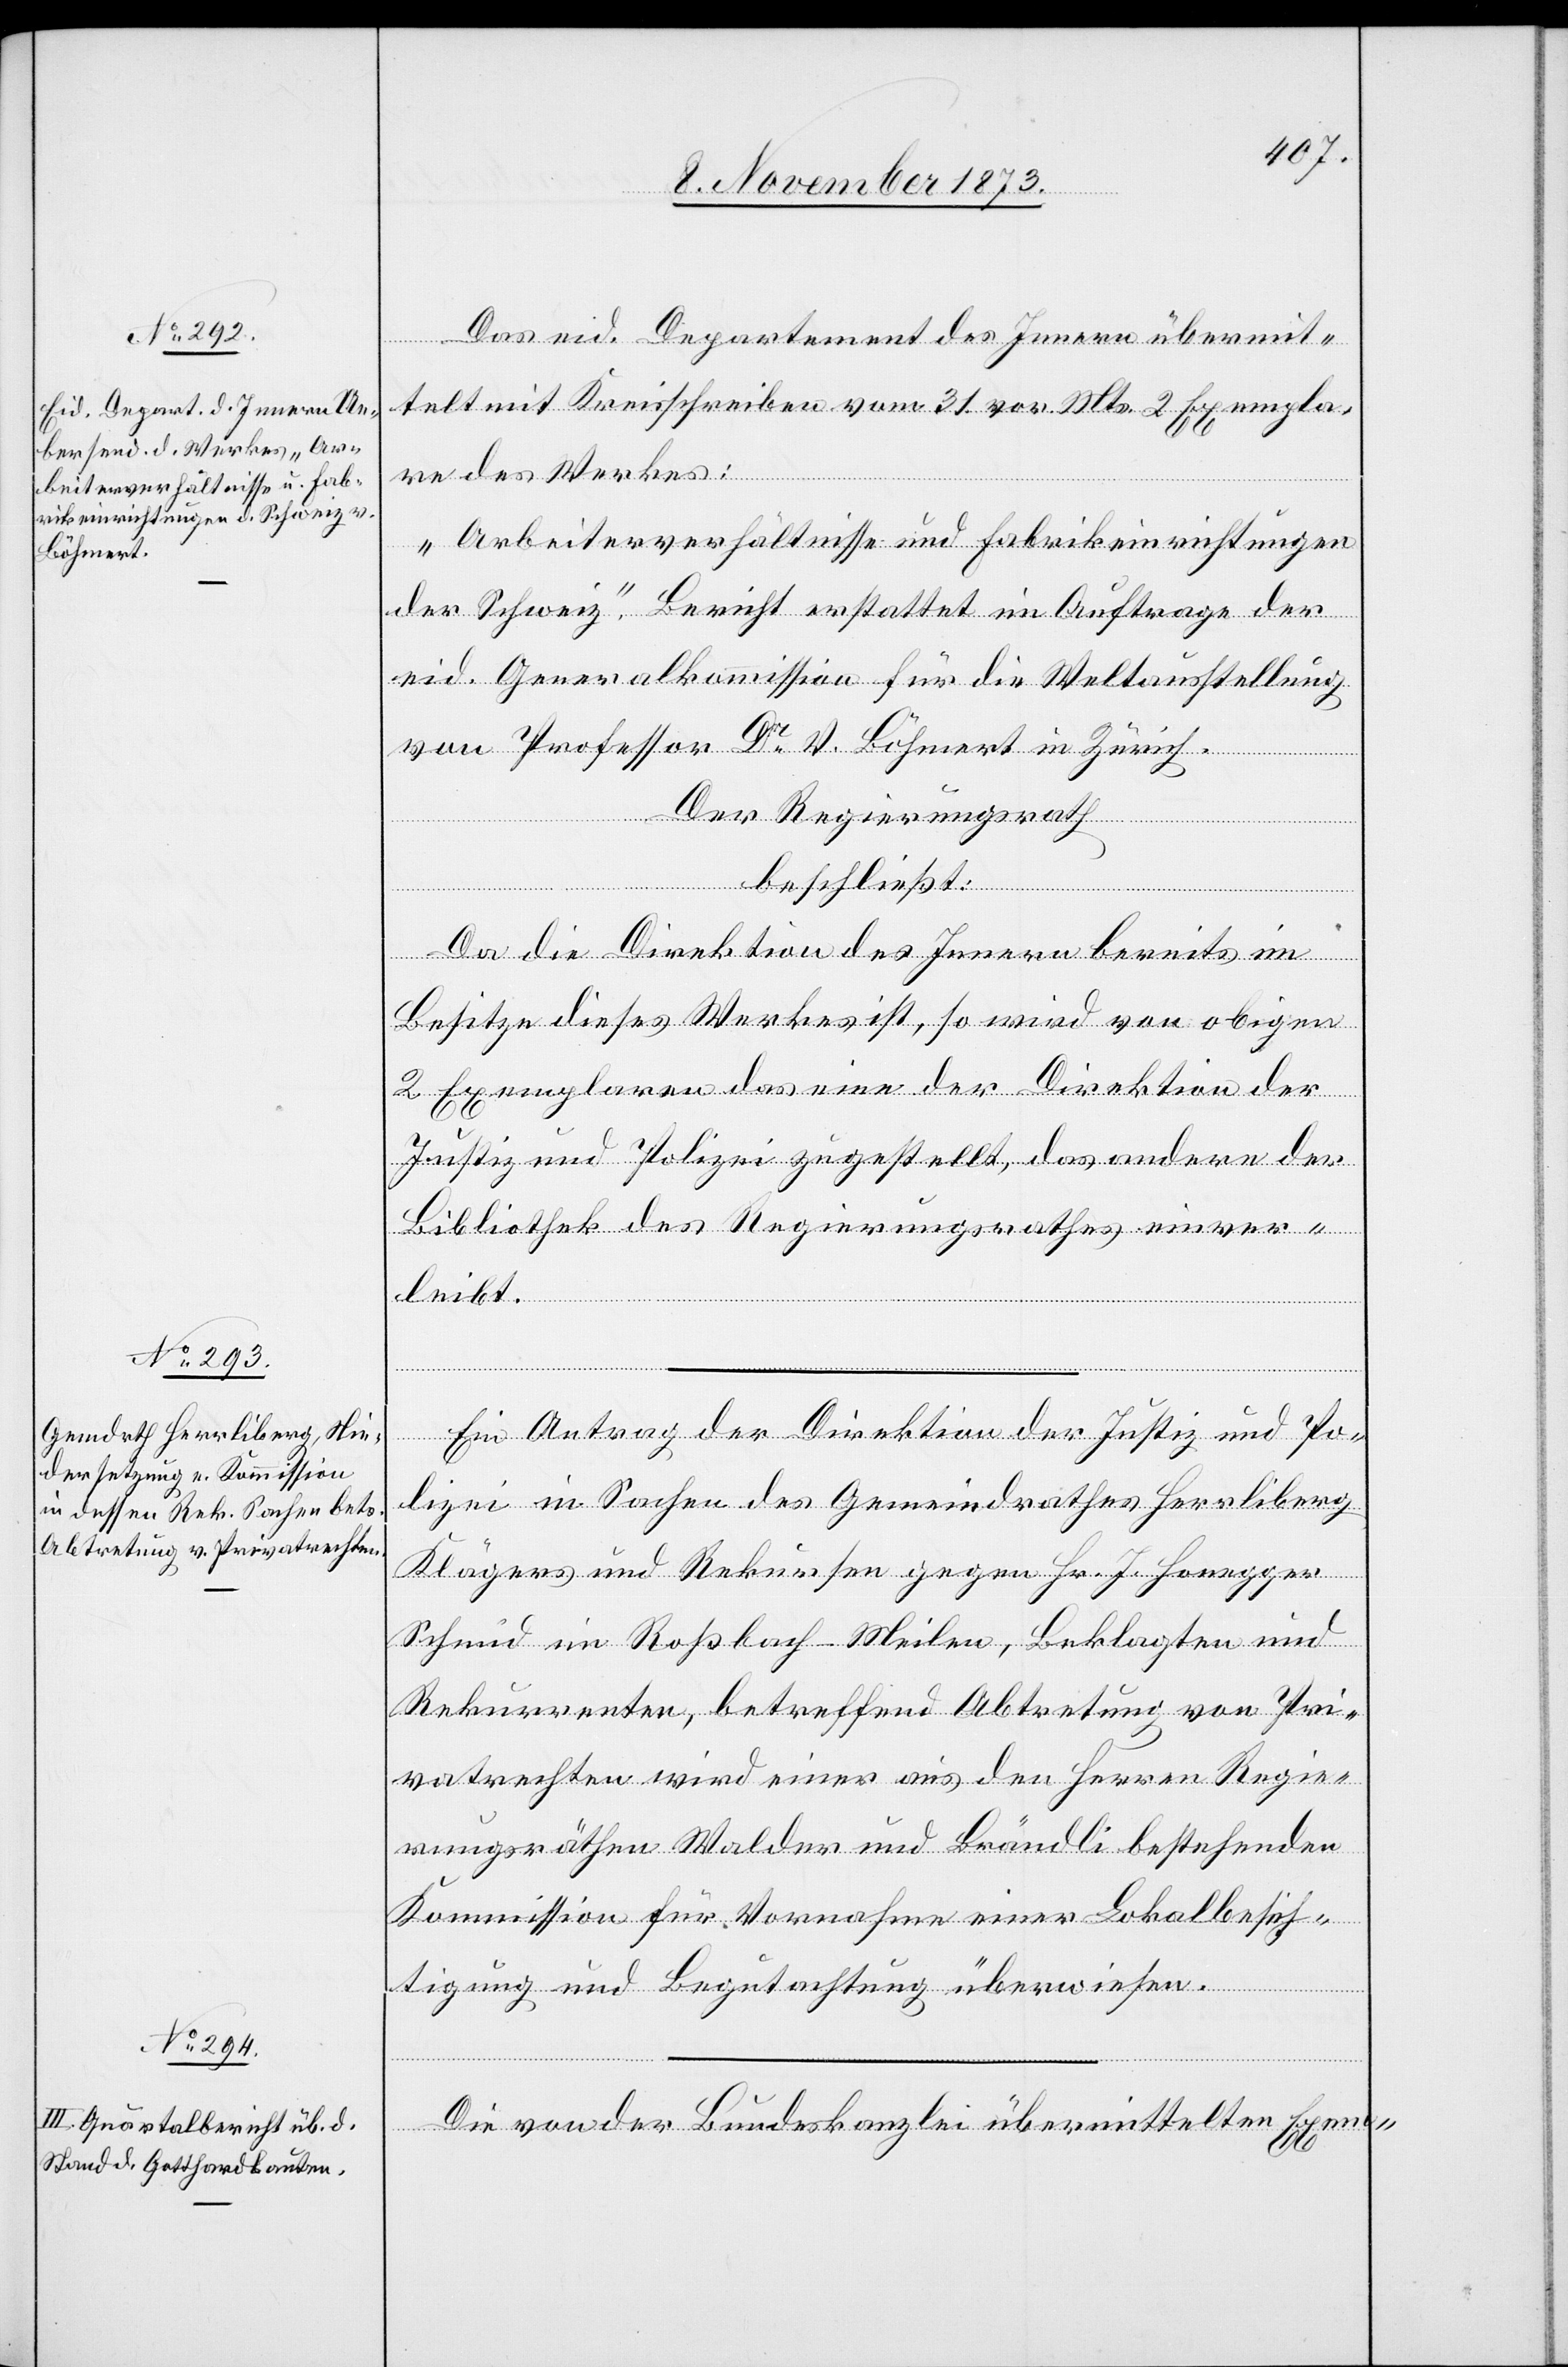
Das eid. Departement des Innern übermit¬
telt mit Kreisschreiben vom 31. vor. Mts. 2 Exempla¬
re des Werkes:
„Arbeiterverhältnisse und Fabrikeinrichtungen
der Schweiz“. Bericht erstattet im Auftrage der
eid. Generalkommission für die Weltausstellung
von Professor Dr V. Böhmert in Zürich.
Der Regierungsrath
beschließt:
Da die Direktion des Innern bereits im
Besitze dieses Werkes ist, so wird von obigen
2 Exemplaren das eine der Direktion der
Justiz und Polizei zugestellt, das andere der
Bibliothek des Regierungsrathes einver¬
leibt.
Ein Antrag der Direktion der Justiz und Po¬
lizei in Sachen des Gemeindrathes Herrliberg
Klägers und Rekursen gegen Hr. J. Honegger
Schmid im Roßbach - Meilen, Beklagten und
Rekurrenten, betreffend Abtretung von Pri¬
vatrechten wird einer aus den Herren Regie¬
rungsräthen Walder und Brändli bestehenden
Kommission für Vornahme einer Lokalbesich¬
tigung und Begutachtung überwiesen.
Die von der Bundeskanzlei übermittelten Exem-